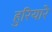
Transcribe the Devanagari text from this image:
हुरियारे